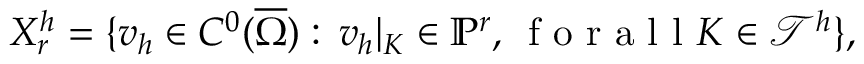
X _ { r } ^ { h } = \{ v _ { h } \in C ^ { 0 } ( \overline { { \Omega } } ) : \, v _ { h } | _ { K } \in \mathbb { P } ^ { r } , \, \mathrm { ~ f ~ o ~ r ~ a ~ l ~ l ~ } K \in \mathcal T ^ { h } \} ,